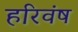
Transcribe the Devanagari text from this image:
हरिवंष